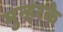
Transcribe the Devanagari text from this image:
मुन्हरके